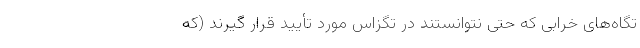
تگاه‌های خرابی که حتی نتوانستند در تگزاس مورد تأیید قرار گیرند (که